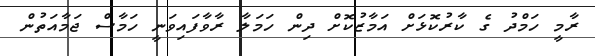
ރާމީ ހަމްދު ގެ ކާރުކޮޅަށް އަމާޒުކޮށް ދިން ހަމަލާ ރާވާފައިވަނީ ހަމާސް ޖަމާއަތުން